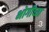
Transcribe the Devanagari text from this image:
भोगीच्या